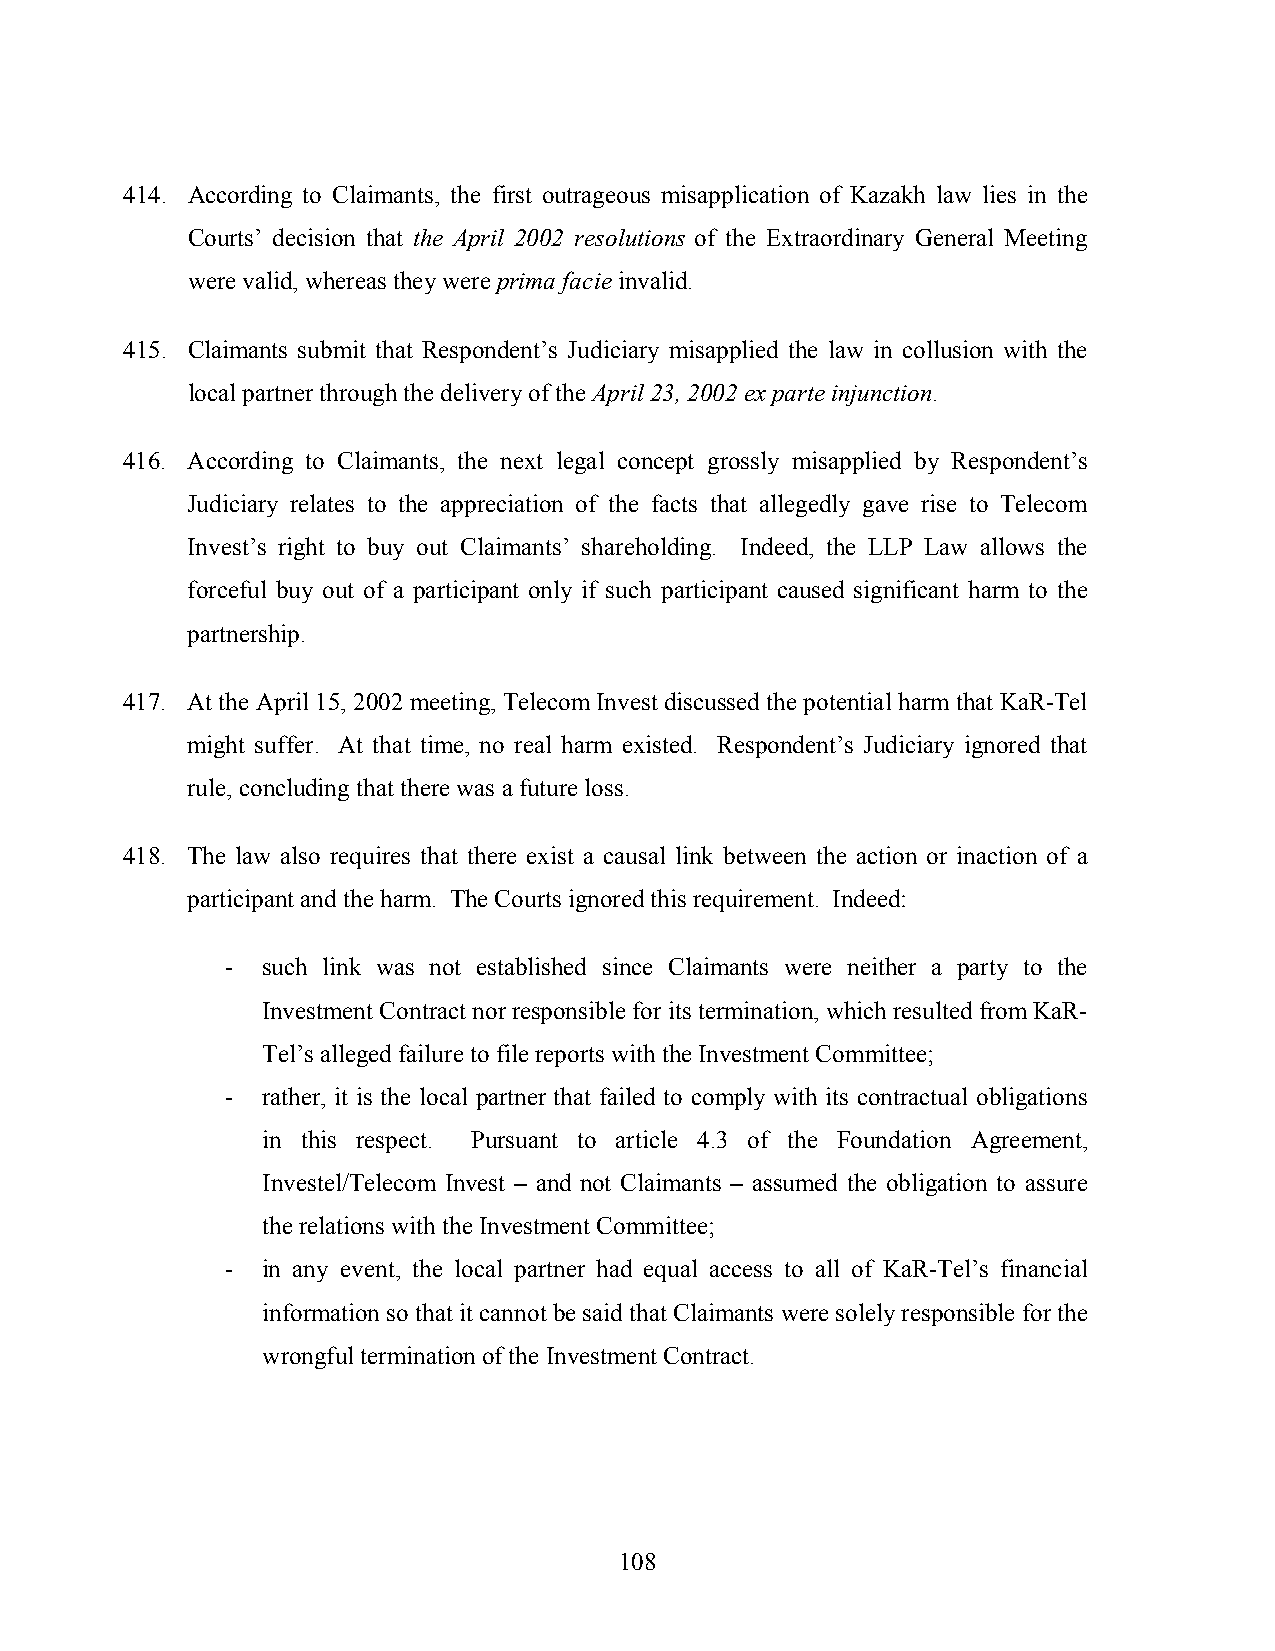
414. According to Claimants, the first outrageous misapplication of Kazakh law lies in the
 Courts’ decision that the April 2002 resolutions of the Extraordinary General Meeting
 were valid, whereas they were prima facie invalid.
 415. Claimants submit that Respondent’s Judiciary misapplied the law in collusion with the
 local partner through the delivery of the April 23, 2002 ex parte injunction.
 416. According to Claimants, the next legal concept grossly misapplied by Respondent’s
 Judiciary relates to the appreciation of the facts that allegedly gave rise to Telecom
 Invest’s right to buy out Claimants’ shareholding. Indeed, the LLP Law allows the
 forceful buy out of a participant only if such participant caused significant harm to the
 partnership.
 417. At the April 15, 2002 meeting, Telecom Invest discussed the potential harm that KaR-Tel
 might suffer. At that time, no real harm existed. Respondent’s Judiciary ignored that
 rule, concluding that there was a future loss.
 418. The law also requires that there exist a causal link between the action or inaction of a
 participant and the harm. The Courts ignored this requirement. Indeed:
 - such link was not established since Claimants were neither a party to the
 Investment Contract nor responsible for its termination, which resulted from KaR-
 Tel’s alleged failure to file reports with the Investment Committee;
 - rather, it is the local partner that failed to comply with its contractual obligations
 in this respect. Pursuant to article 4.3 of the Foundation Agreement,
 Investel/Telecom Invest – and not Claimants – assumed the obligation to assure
 the relations with the Investment Committee;
 - in any event, the local partner had equal access to all of KaR-Tel’s financial
 information so that it cannot be said that Claimants were solely responsible for the
 wrongful termination of the Investment Contract.
 108